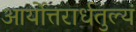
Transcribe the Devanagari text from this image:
आर्योत्तरार्धतुल्यं